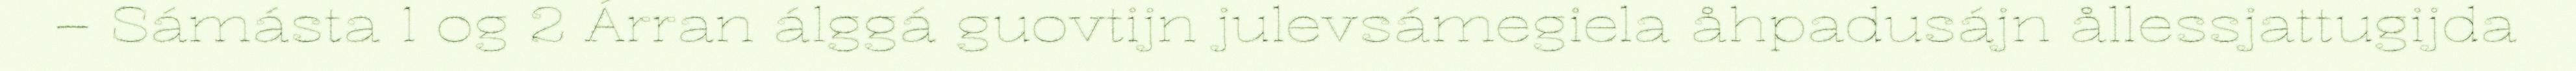
– Sámásta 1 og 2 Árran álggá guovtijn julevsámegiela åhpadusájn ållessjattugijda